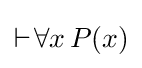
\vdash \!\forall x\,P(x)